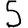
Digit: 5